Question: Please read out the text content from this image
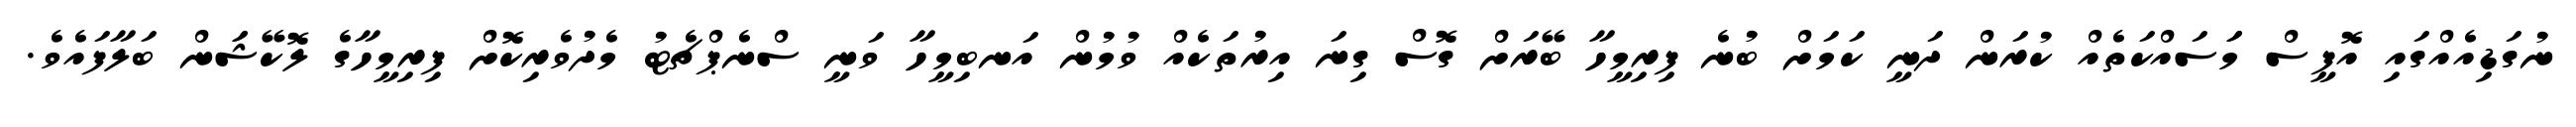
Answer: ނުގަޑިއެއްގައި އޮފީސް މަަސައްކަތެއް ކުރަން ދަނީ ކަމަށް ބުނެ ފިރިމީހާ ބޭރަށް ގޮސް ގިނަ އިރުތަކެއް ވުމުން އަނބިމީހާ ވަނީ ސްނެޕްޗެޓު މެދުވެރިކޮށް ފިރިމީހާގެ ލޮކޭޝަަން ބަލާފައެވެ.